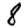
Digit: 8